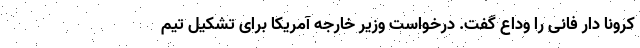
کرونا دار فانی را وداع گفت. درخواست وزیر خارجه آمریکا برای تشکیل تیم